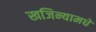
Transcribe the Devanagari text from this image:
खजिन्यामधे